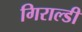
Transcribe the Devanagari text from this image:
गिराल्डी